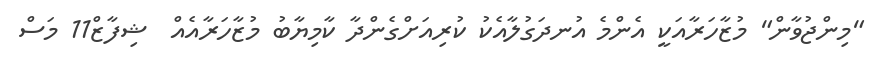
"މިންޖުވާން" މުޒާހަރާއަކީ އެންމެ އުނދަގުލާއެކު ކުރިއަށްގެންދާ ކާމިޔާބު މުޒާހަރާއެއް  ޝިފާޒް11 މަސް